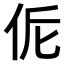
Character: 𠈁